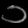
Digit: ၁